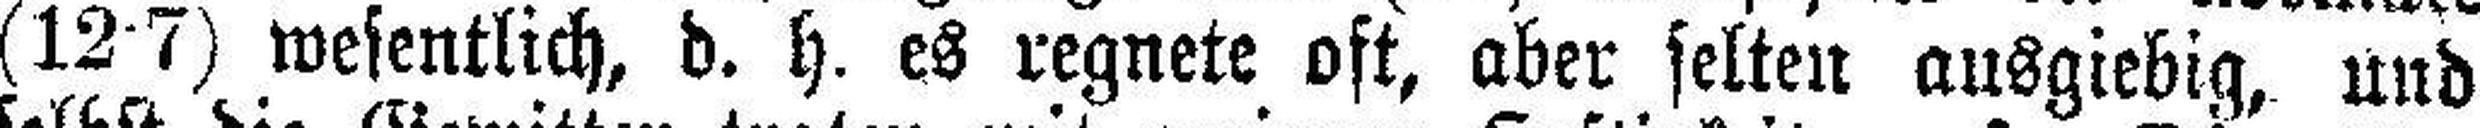
(12 7) wesentlich, d. h. es regnete oft, aber selten ausgiebig, und